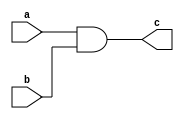
`timescale 1ns / 1ps
//////////////////////////////////////////////////////////////////////////////////
// Company: 
// Engineer: 
// 
// Design Name: 
// Module Name: andgate
// Project Name: 
// Target Devices: 
// Tool Versions: 
// Description: 
// 
// Dependencies: 
// 
// Revision:
// Revision 0.01 - File Created
// Additional Comments:
// 
//////////////////////////////////////////////////////////////////////////////////


module andgate
#(parameter WIDTH = 8)
(
    input [(WIDTH-1):0] a,
    input [(WIDTH-1):0] b,
    output  [(WIDTH-1):0] c
    );
    
    assign c = a & b;//two input andgate
endmodule